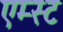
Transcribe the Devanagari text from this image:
एम्स्ट